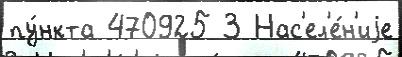
пу́нкта 470925 3 Нас'ел'е́н'иjе